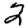
Digit: 2